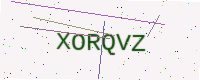
Text: XORQVZ